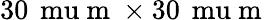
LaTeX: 30\, \mathrm{\ mu}\mathrm{~m~}\times 30\, \mathrm{\ mu}\mathrm{~m~}